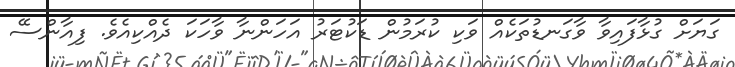
ގަޔަށް ގުޅާފައިވާ ވާގަނޑުތަކެއް ވަކި ކުރަމުން ޑަކުޓަރު އަހަންނާ ވާހަކަ ދެއްކިއެވެ. ފިއާންސޭ